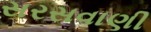
સરસવાણી